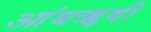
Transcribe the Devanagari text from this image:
आंबॠषी